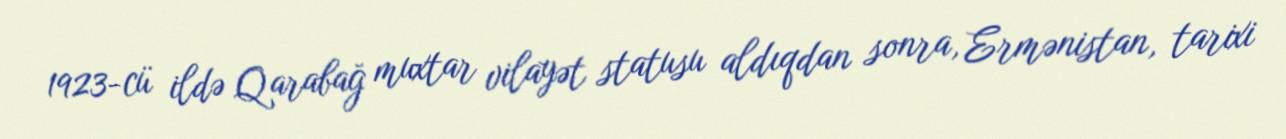
1923-cü ildə Qarabağ muxtar vilayət statusu aldıqdan sonra, Ermənistan, tarixi